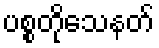
ပစ္စတိုသေနတ်